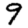
Digit: 9